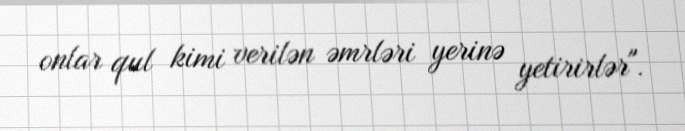
onlar qul kimi verilən əmrləri yerinə yetirirlər".